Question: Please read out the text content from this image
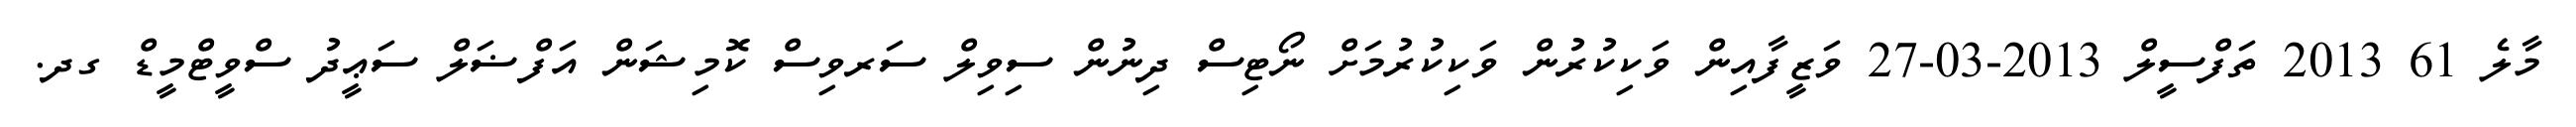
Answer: މާލެ 61 2013 ތަފްސީލް 2013-03-27 ވަޒީފާއިން ވަކިކުރުން ވަކިކުރުމަށް ނޯޓިސް ދިނުން ސިވިލް ސަރވިސް ކޮމިޝަން އަފްޟަލް ސަޢީދު ސްވީޓްމީޑް ގދ.